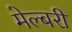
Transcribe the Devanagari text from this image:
मेल्बरी